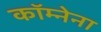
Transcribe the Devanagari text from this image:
कॉम्नेना